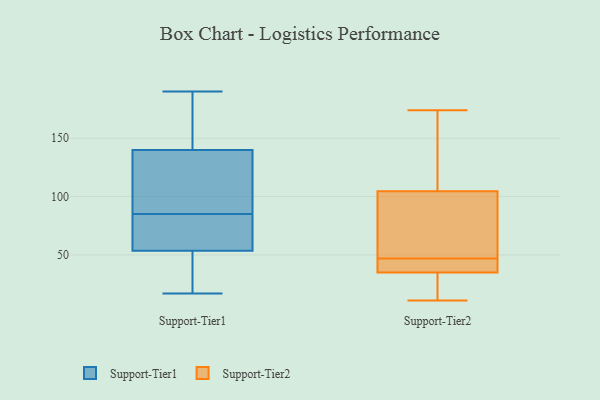
{"axis": {"x": "Website Visitors", "y": "Value"}, "legend": ["Support-Tier1", "Support-Tier2"], "data": [{"x": "", "y": 45, "type": "Support-Tier1"}, {"x": "", "y": 156, "type": "Support-Tier1"}, {"x": "", "y": 107, "type": "Support-Tier1"}, {"x": "", "y": 78, "type": "Support-Tier1"}, {"x": "", "y": 118, "type": "Support-Tier1"}, {"x": "", "y": 62, "type": "Support-Tier1"}, {"x": "", "y": 174, "type": "Support-Tier1"}, {"x": "", "y": 114, "type": "Support-Tier1"}, {"x": "", "y": 52, "type": "Support-Tier1"}, {"x": "", "y": 55, "type": "Support-Tier1"}, {"x": "", "y": 44, "type": "Support-Tier1"}, {"x": "", "y": 71, "type": "Support-Tier1"}, {"x": "", "y": 35, "type": "Support-Tier1"}, {"x": "", "y": 174, "type": "Support-Tier1"}, {"x": "", "y": 17, "type": "Support-Tier1"}, {"x": "", "y": 190, "type": "Support-Tier1"}, {"x": "", "y": 87, "type": "Support-Tier1"}, {"x": "", "y": 83, "type": "Support-Tier1"}, {"x": "", "y": 124, "type": "Support-Tier1"}, {"x": "", "y": 161, "type": "Support-Tier1"}, {"x": "", "y": 112, "type": "Support-Tier2"}, {"x": "", "y": 156, "type": "Support-Tier2"}, {"x": "", "y": 22, "type": "Support-Tier2"}, {"x": "", "y": 174, "type": "Support-Tier2"}, {"x": "", "y": 53, "type": "Support-Tier2"}, {"x": "", "y": 38, "type": "Support-Tier2"}, {"x": "", "y": 41, "type": "Support-Tier2"}, {"x": "", "y": 32, "type": "Support-Tier2"}, {"x": "", "y": 11, "type": "Support-Tier2"}, {"x": "", "y": 57, "type": "Support-Tier2"}, {"x": "", "y": 40, "type": "Support-Tier2"}, {"x": "", "y": 97, "type": "Support-Tier2"}]}